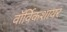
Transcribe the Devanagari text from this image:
वॉर्विकशायर